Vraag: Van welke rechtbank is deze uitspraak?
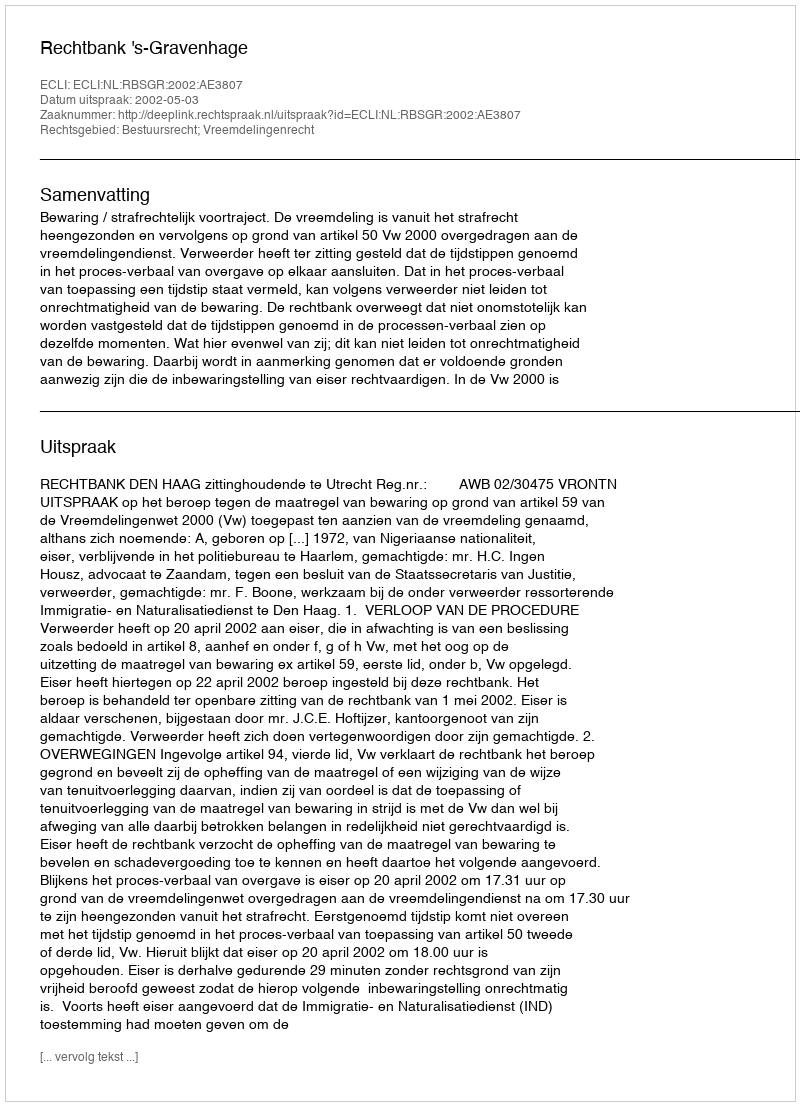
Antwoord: Rechtbank 's-Gravenhage